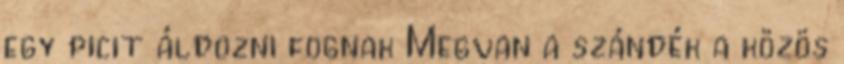
egy picit áldozni fognak Megvan a szándék a közös